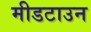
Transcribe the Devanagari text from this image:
मीडटाउन